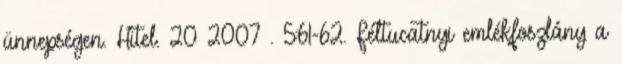
ünnepségen. Hitel. 20 2007 . 5:61-62. Féltucatnyi emlékfoszlány a